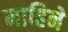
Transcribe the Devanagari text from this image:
माहिने